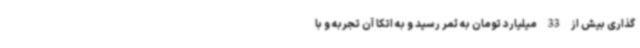
گذاری بیش از 33 میلیارد تومان به ثمر رسید و به اتکا آن تجربه و با